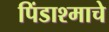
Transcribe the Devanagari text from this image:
पिंडाश्माचे